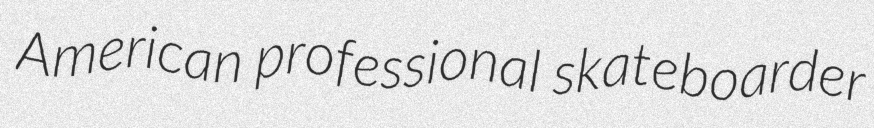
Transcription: American professional skateboarder